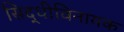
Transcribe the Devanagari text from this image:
सिद्धीविनायक